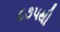
૮૭૫થી